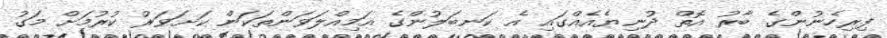
ފިރިހެނުންގެ ބާރު އޮތް ދުނިޔެއެއްގައި އެ ކަނބަލުންގެ އަމިއްލަވަންތަކަން ކަށަވަރު ކުރުމަށް މަގު